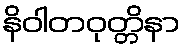
နိဝါတဝုတ္တိနာ